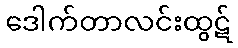
ဒေါက်တာလင်းထွဋ်